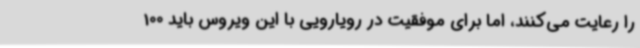
را رعایت می‌کنند، اما برای موفقیت در رویارویی با این ویروس باید 100